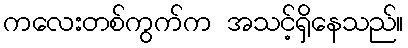
ကလေးတစ်ကွက်က အသင့်ရှိနေသည်။